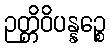
ဉတ္တိဝိပန္နဉ္စေ